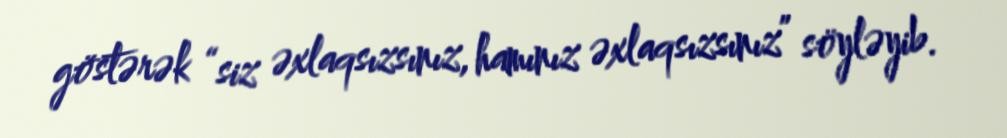
göstərək “siz əxlaqsızsınız, hamınız əxlaqsızsınız” söyləyib.